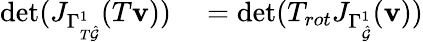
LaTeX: \begin{array}{rl}{\operatorname*{det}(J_{\Gamma_{T\hat{\mathcal{G}}}^{1}}(T\mathbf{v}))}&{{}=\operatorname*{det}(T_{rot}J_{\Gamma_{\hat{\mathcal{G}}}^{1}}(\mathbf{v}))}\end{array}